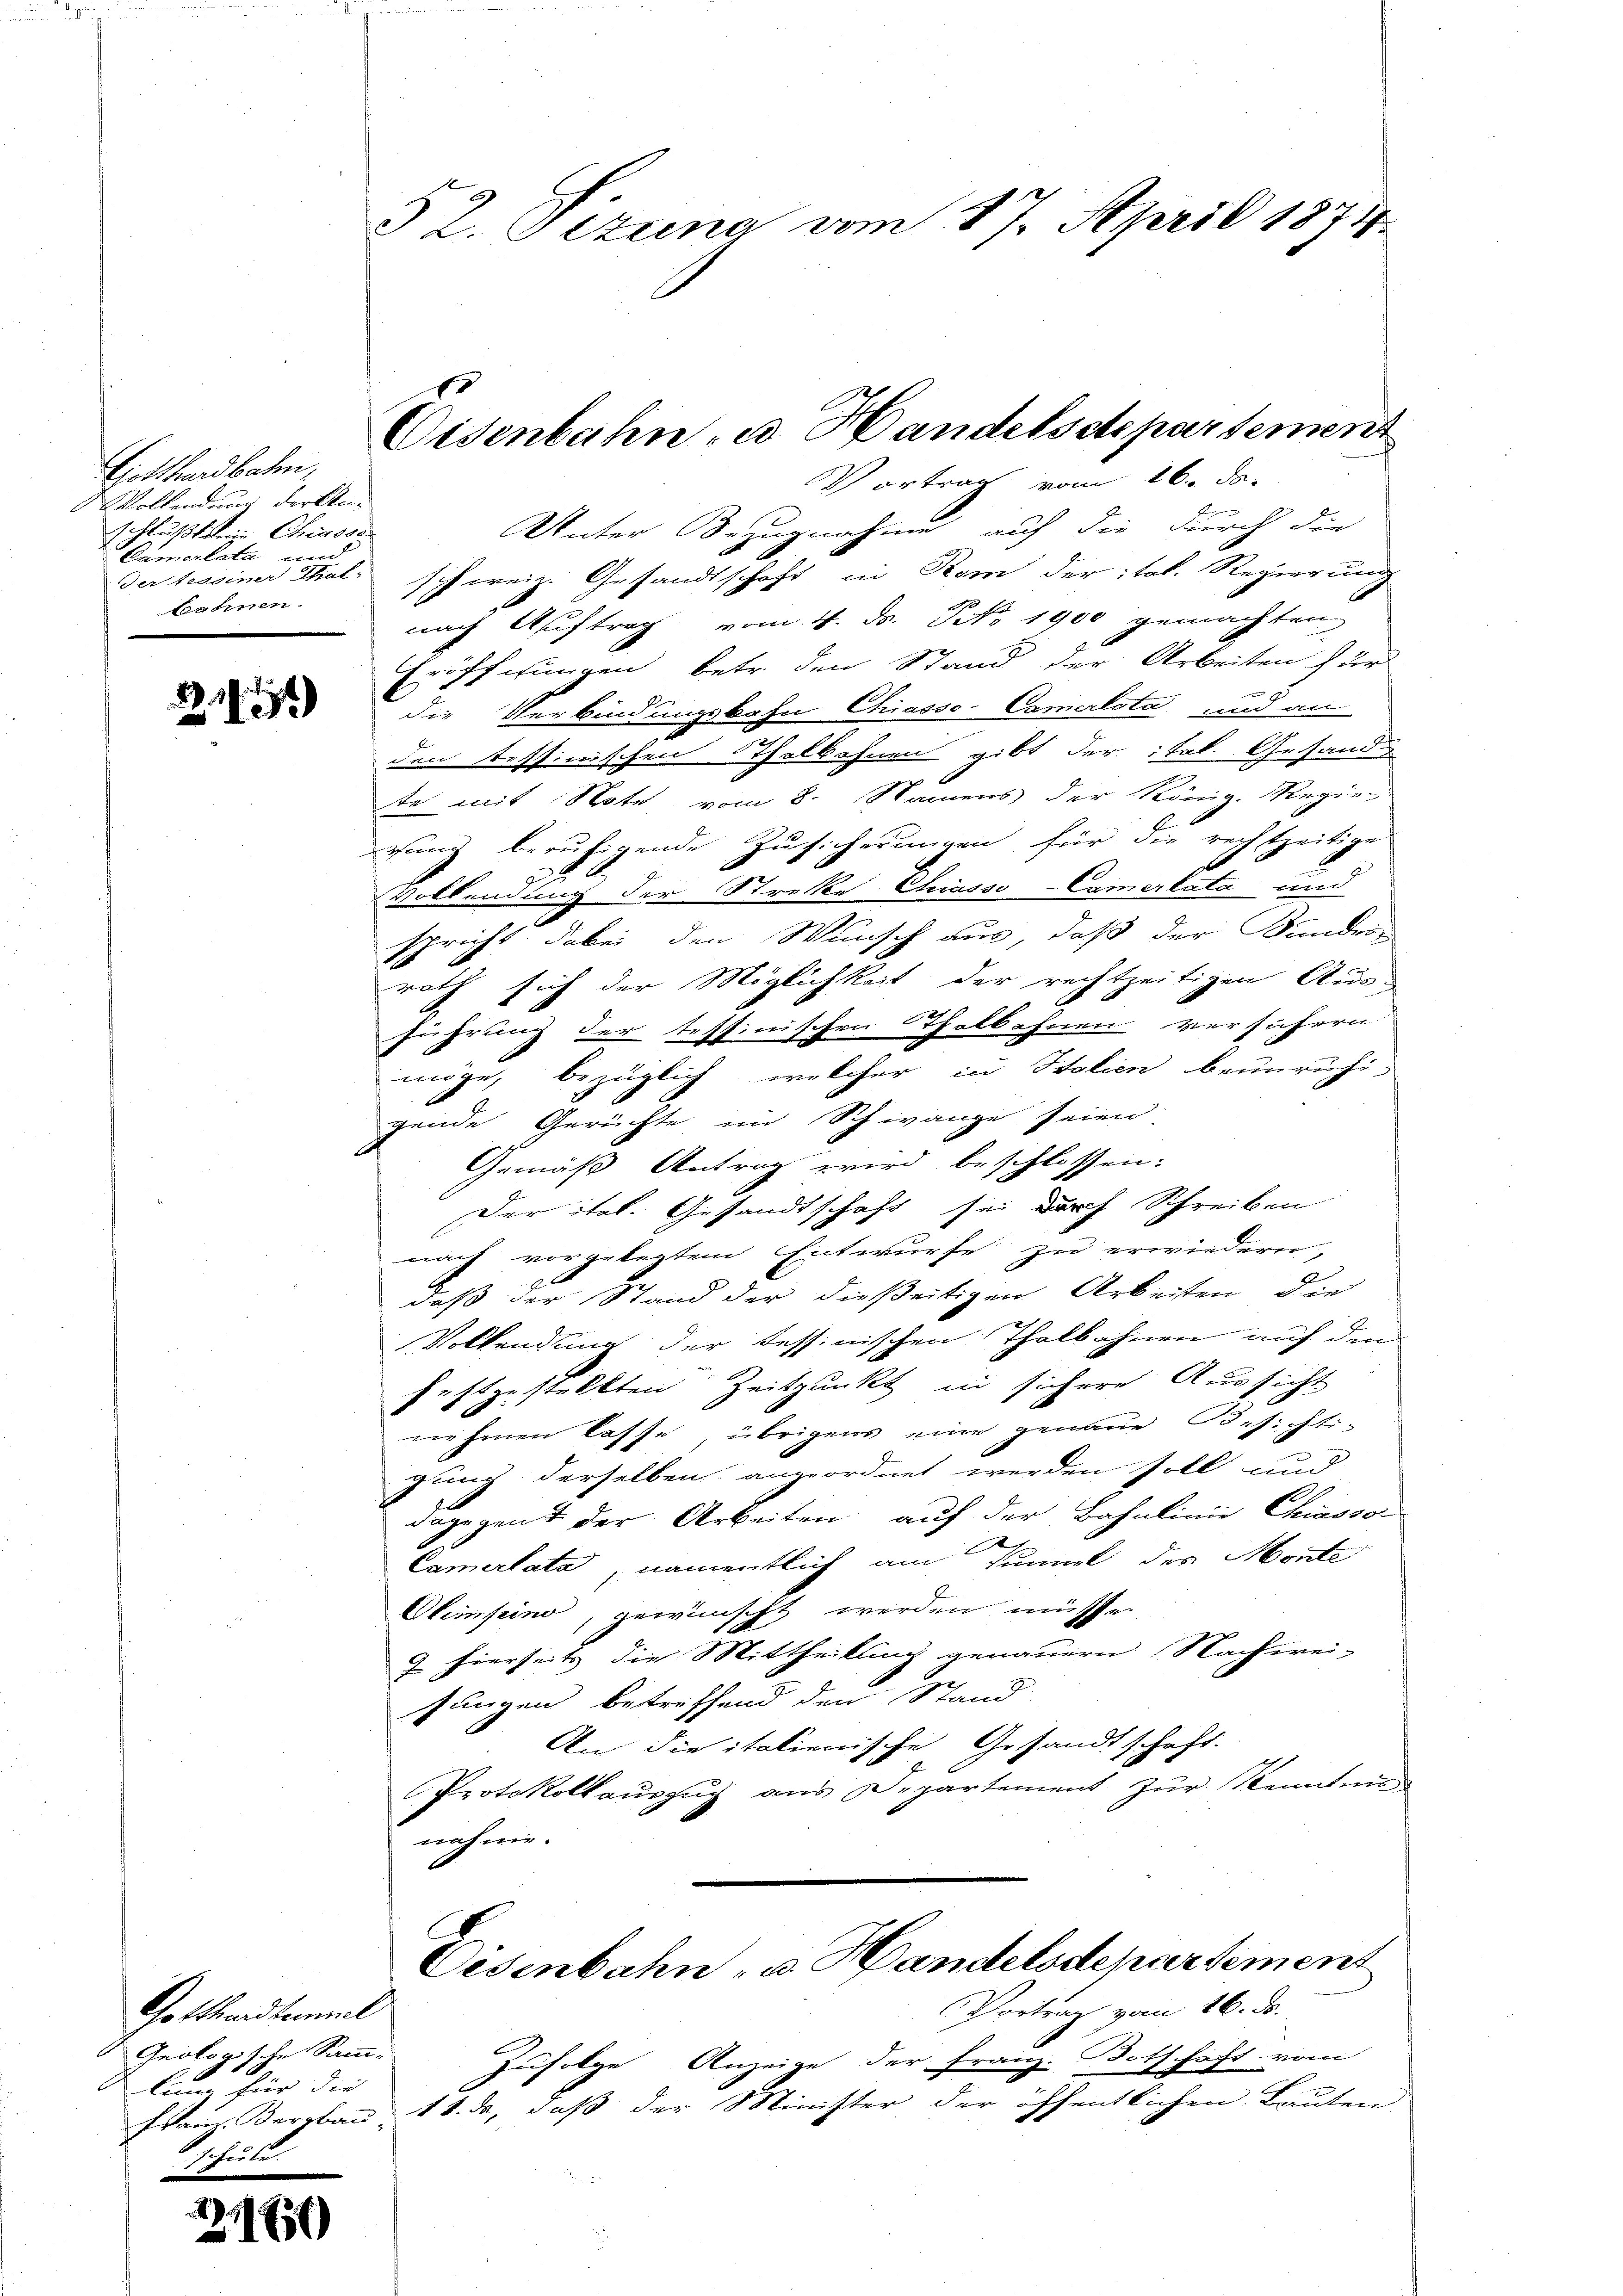
Gotthardbahn,
Vollendung derkenschlußten in Chiesse
Camer kata
Der Nessiner Thal-
bohnen.

9
2. 1911)

Gotthardt einmal
Geologische Samm-
li für die |

d

3)

§ 2. Setzung vom 17. April 1874

l

Vortrag vom 16. ds.
Unter Bezugnahme auf die durch die
schweiz. Gesandtschaft in Rom der ital. Regierung
nach Auftrag vom 4. Dr. No 1900 gemachten
Eröffnungen betr. den Stand der Arbeiten für
e
die Verbindungskahn Chiasso-Camerlata und an
den Tessinischen Thalbahnen gibt der ital. Gesandte mit Note vom 8. Namens der König. Regie-
rung beruhigende Zusicherungen für die rechtzeitige
92
Vollendung der Strecke Casso-Camertata und
spricht dabei den Wunsch aus, daß der Sandes-
rath sich der Möglichkeit der rechtzeitigen Aus-
führung der teffinischen Thalbahnen versichern
möge, bezüglich, welcher in Italien beunruhigende Gerichte im Schwange seien
Gemäß Antrag wird beschlossen:
Der ital. Gesandtschaft sei durch Schreiben
nach vorgelegtem Entwurfe zu erwiedern,
daß der Stand der dießeitigen Arbeiten, die
Volkendung der tessinischen Thalbahnen auf den
festgestellten Zeitpunkt in sichere Aussicht
nehmen lasse übrigens eine genaue Besichti-
gung derselben angeordnet werden soll und
dagegent der Arbeiten auf der Bahnlinie Chiasson
Camertata, namentlich am Himmel des Monte
Obimsino, gewünscht werden müsse.
9 hierseits die Mittheilung genauern Nachwei-
fungen betreffend den Stand
An die italienische Gesandtschaft.
Protokollaŭszŭg ans Departement zŭr Kenntni
nahme.
Eisenbahn, u. Handelsdepartement
Vortrag vom 16. ds.
Zufolge Anzeige der Franz. Botschaft vom
Franz Bergbau 11. ds, daß der Minister der öffentlichen Bauten,

Eisenbahn- u. Handelsdepartement